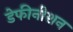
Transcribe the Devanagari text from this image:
डेफीनीशन